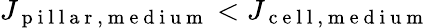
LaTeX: J_{\mathrm{~p~i~l~l~a~r~,~m~e~d~i~u~m~}}<J_{\mathrm{~c~e~l~l~,~m~e~d~i~u~m~}}